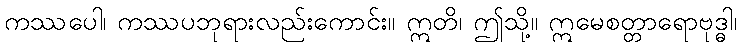
ကဿပေါ၊ ကဿပဘုရားလည်းကောင်း။ ဣတိ၊ ဤသို့။ ဣမေစတ္တာရောဗုဒ္ဓါ၊